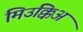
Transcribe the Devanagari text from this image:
मिउक्किअ